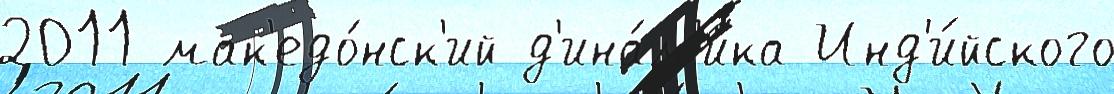
2011 мак'едо́нск'ий д'ина́м'ика Инд'и́йского